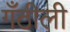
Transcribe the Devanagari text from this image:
गँठीली